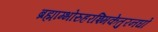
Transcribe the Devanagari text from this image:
ब्रह्माम्भोरुहरश्मिकेतुरनघो